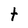
Character: t